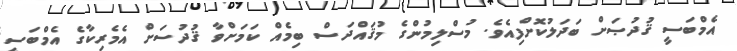
އެމްބަސީ ޤުދުޞަށް ބަދަލުކޮށްފިއެވެ. މުސްލިމުންގެ މުޤައްދަސް ބިމެއް ކަމަށްވާ ޤުދުސަށް އެމެރިކާގެ އެމްބަސީ